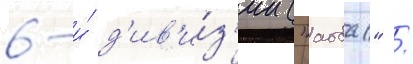
6-и́ д'ив'и́з'ии ("аоба" /